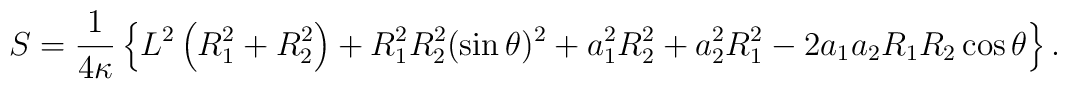
S= {1\over 4\kappa} \left\{ L^2\left(R_1^2+R_2^2\right)+R_1^2R_2^2(\sin\theta)^2+  a_1^2R_2^2+ a_2^2R_1^2- 2a_1  a_2 R_1R_2\cos\theta\right\}.